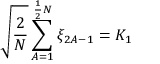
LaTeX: \sqrt { \frac { 2 } { N } } \sum _ { A = 1 } ^ { \frac { 1 } { 2 } N } \xi _ { 2 A - 1 } = K _ { 1 }